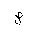
Letter: _sad